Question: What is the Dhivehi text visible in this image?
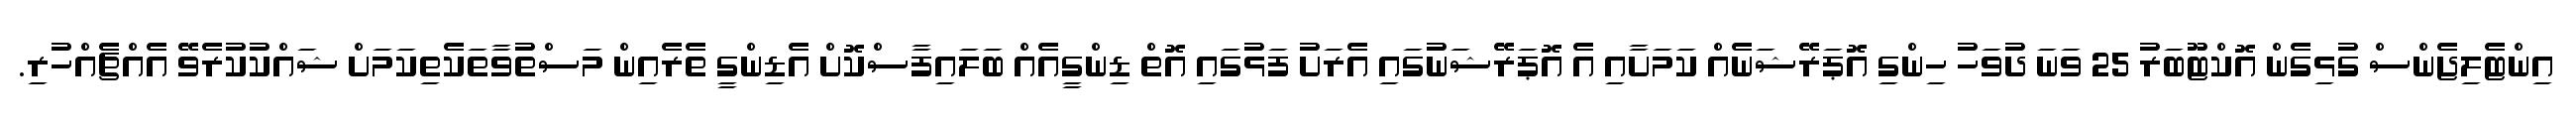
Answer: އިންޓެލިޖެންސް ގުޅިގެން އޮކްޓޫބަރު 25 ވަނަ ދުވަހު ހިންގި އޮޕަރޭޝަނެއް ކަމަށާއި އެ އޮޕަރޭޝަނުގައި އެރަށު ފަޅުގައި އޮތް ޑިންގީއެއް ބަލައިފާސްކޮށް އެޑިންގީ ތެރެއިން މަސްތުވާތަކެތިކަމަށް ޝައްކުކުރެވޭ އެއްޗެއްހުރި.